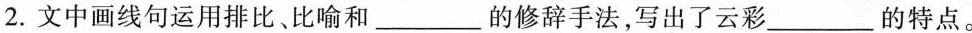
2.文中画线句运用排比、比喻和___的修辞手法，写出了云彩___的特点。